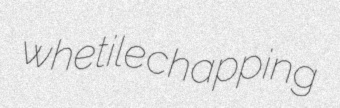
whetile chapping